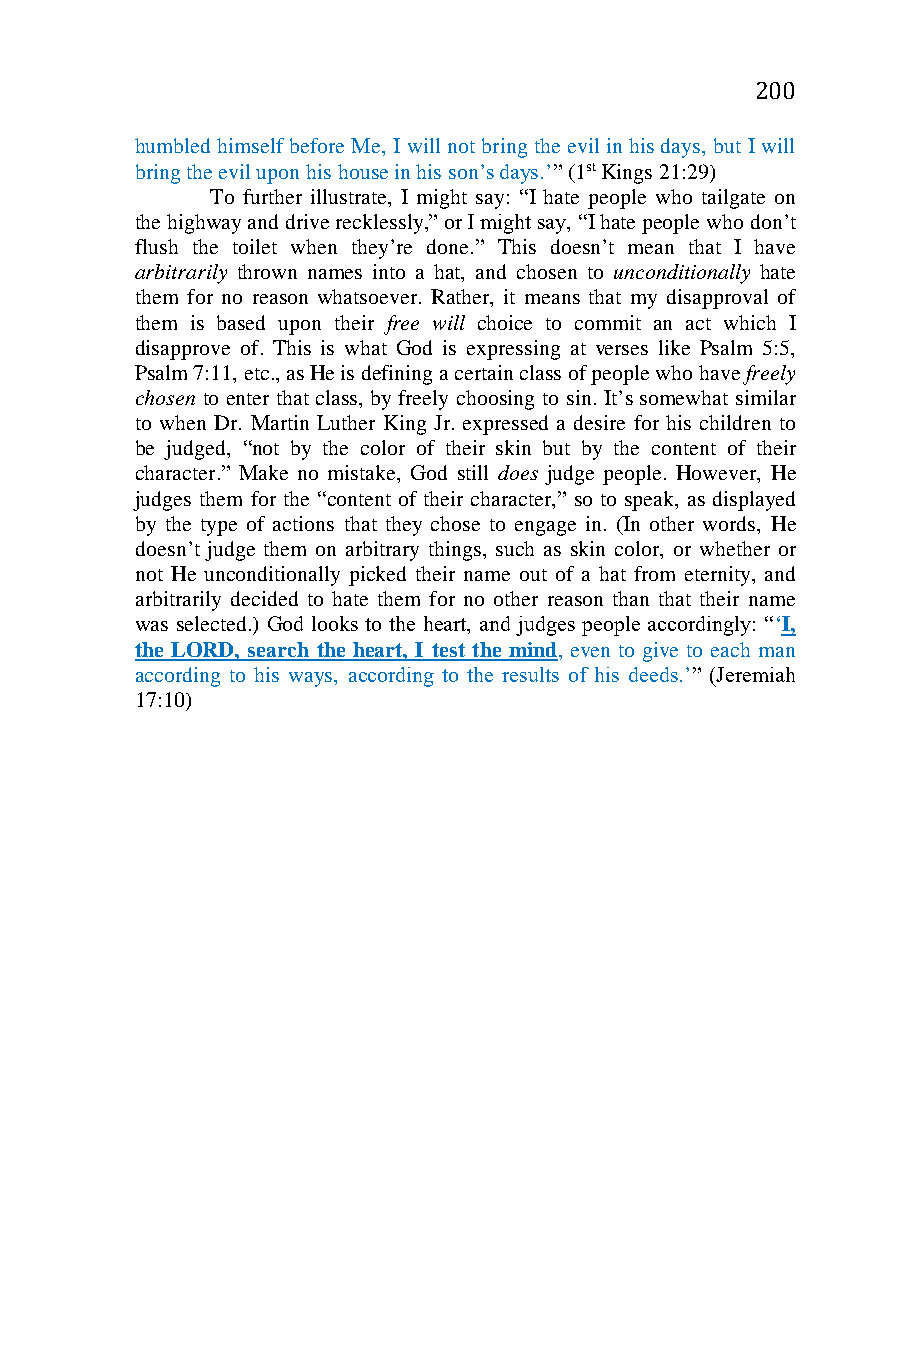
200
 humbled himself before Me, I will not bring the evil in his days, but I will
 bring the evil upon his house in his son’s days.’” (1st Kings 21:29)
 To further illustrate, I might say: “I hate people who tailgate on
 the highway and drive recklessly,” or I might say, “I hate people who don’t
 flush the toilet when they’re done.” This doesn’t mean that I have
 arbitrarily thrown names into a hat, and chosen to unconditionally hate
 them for no reason whatsoever. Rather, it means that my disapproval of
 them is based upon their free will choice to commit an act which I
 disapprove of. This is what God is expressing at verses like Psalm 5:5,
 Psalm 7:11, etc., as He is defining a certain class of people who have freely
 chosen to enter that class, by freely choosing to sin. It’s somewhat similar
 to when Dr. Martin Luther King Jr. expressed a desire for his children to
 be judged, “not by the color of their skin but by the content of their
 character.” Make no mistake, God still does judge people. However, He
 judges them for the “content of their character,” so to speak, as displayed
 by the type of actions that they chose to engage in. (In other words, He
 doesn’t judge them on arbitrary things, such as skin color, or whether or
 not He unconditionally picked their name out of a hat from eternity, and
 arbitrarily decided to hate them for no other reason than that their name
 was selected.) God looks to the heart, and judges people accordingly: “‘I,
 the LORD, search the heart, I test the mind, even to give to each man
 according to his ways, according to the results of his deeds.’” (Jeremiah
 17:10)